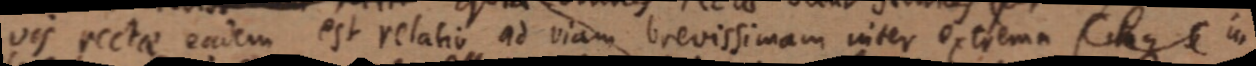
vis rectae eadem est relatio ad viam brevissimam inter extrema (itaque C in